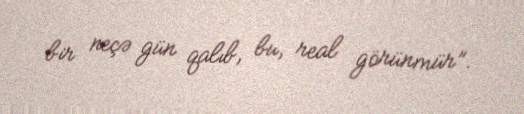
bir neçə gün qalıb, bu, real görünmür”.